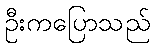
ဦးကပြောသည်